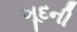
ખૂદની